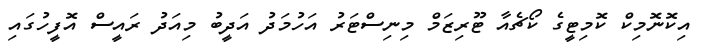
އިކޮނޮމިކް ކޮމިޓީގެ ކޯޗެއާ ޓޫރިޒަމް މިިނިސްޓަރު އަހުމަދު އަދީބު މިއަދު ރައީސް އޮފީހުގައި